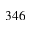
3 4 6